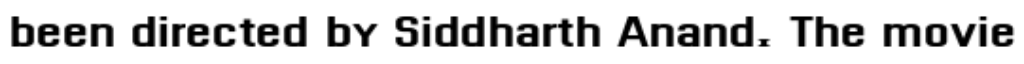
been directed by Siddharth Anand. The movie